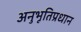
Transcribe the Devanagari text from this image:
अनुभूतिप्रधान